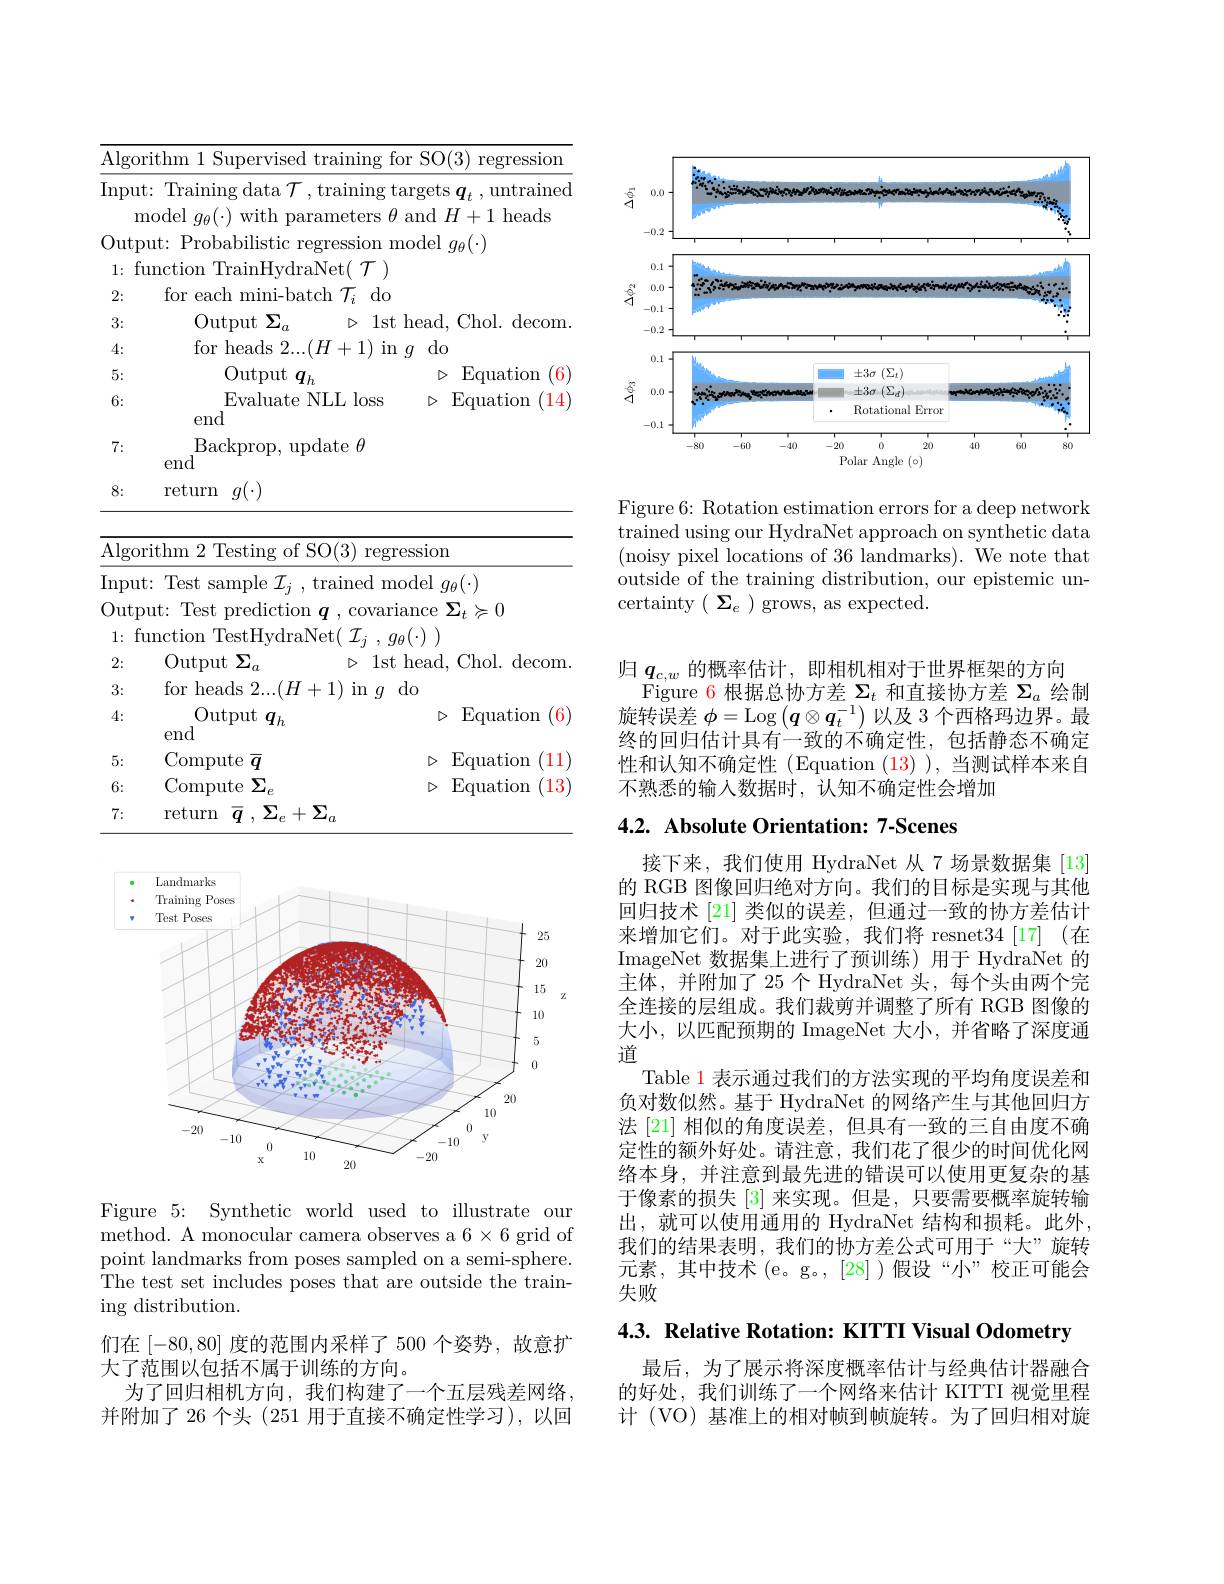
Algorithm 1 Supervised training for SO(3) regression Input: Training data $\mathcal{T}$,training targets $\boldsymbol q_t$,untrained

model $g_\theta(\cdot)$ with parameters $\theta$ and $H+1$ heads
Output: Probabilistic regression model $g_\theta(\cdot)$
1: function TrainHydraNet( $\mathcal{T})$
2:
for each mini-batch $\mathcal{T}_i$ do
3:
Output $\Sigma_a$
$\triangleright$ 1st head, Chol. decom.
4:
for heads 2....(H+1) in $g$ do
$\triangleright$Equation (6)
5:
Output $q_h$
$\triangleright$Equation (14)
6:
Evaluate NLL loss
end
7:
$\mathop{\mathrm{Backprop,~update~}}\theta$
end
8:
return $g(\cdot)$

<table>
	<tbody>
		<tr>
			<th>Algorith</th>
			<th>${\mathrm{of~SO}}(3)$ regression</th>
		</tr>
		<tr>
			<td>Input: 11</td>
			<td>${\mathrm{trained~model~}}g_{\theta}(\cdot)$</td>
		</tr>
		<tr>
			<td>$\operatorname{Output}:$</td>
			<td>$\operatorname{ion}$ $q_{\mathrm{~,~covariance}}$ ${\boldsymbol{\Sigma}}_{t}\succcurlyeq0$</td>
		</tr>
		<tr>
			<td>func 1:</td>
			<td>$\operatorname{raNet}(~\mathcal{I}_{j}~,~g_{\theta}(\cdot)~)$</td>
		</tr>
		<tr>
			<td>2:</td>
			<td>$\triangleright$ 1st head, Chol. decom</td>
		</tr>
		<tr>
			<td>fc 3:</td>
			<td>$H+1)$ in $g$ $do$</td>
		</tr>
		<tr>
			<td>4: $e$</td>
			<td>$D$ Equation 6</td>
		</tr>
		<tr>
			<td>5:</td>
			<td>11 $D$ Equation</td>
		</tr>
		<tr>
			<td>6:</td>
			<td>Equation 13 $D$</td>
		</tr>
		<tr>
			<td>7: $r$</td>
			<td>$+\Sigma_a$</td>
		</tr>
	</tbody>
</table>

<FigureHere>

Figure 5: Synthetic world used to illustrate our method. A monocular camera observes a 6× 6 grid of point landmarks from poses sampled on a semi-sphere. $\bar{\text{The test set includes poses that are outside the train-}}$ ing distribution.

们在[-80,80]度的范围内采样了 500 个姿势，故意扩
大了范围以包括不属于训练的方向。
为了回归相机方向，我们构建了一个五层残差网络， 并附加了 26 个头 (251 用于直接不确定性学习), 以回

<FigureHere>

Figure 6: Rotation estimation errors for a deep network trained using our HydraNet approach on synthetic data (noisy pixel locations of 36 landmarks). We note that outside of the training distribution, our epistemic uncertainty$(\begin{array}{c}\Sigma_{e}\end{array})$grows, as expected.

归$\boldsymbol q_{c,w}$ 的概率估计，即相机相对于世界框架的方向
Figure 6 根据总协方差$\Sigma_t$和直接协方差$\Sigma_a$绘制旋转误差$\phi=$Log $\left(\boldsymbol{q}\otimes\boldsymbol{q}_t^{-1}\right)$以及 3 个西格玛边界。最终的回归估计具有一致的不确定性，包括静态不确定性和认知不确定性 (Equation $(\color{red}{13})$ ),当测试样本来自不熟悉的输入数据时，认知不确定性会增加

## 4.2. Absolute Orientation: 7-Scenes

接下来，我们使用 HydraNet 从 7 场景数据集 [13] 的 RGB 图像回归绝对方向。我们的目标是实现与其他回归技术[21]类似的误差，但通过一致的协方差估计来增加它们。对于此实验，我们将 resnet34[17](在ImageNet 数据集上进行了预训练)用于 HydraNet 的主体，并附加了25个 HydraNet 头，每个头由两个完全连接的层组成。我们裁剪并调整了所有 RGB 图像的大小，以匹配预期的 ImageNet 大小，并省略了深度通道
Table 1 表示通过我们的方法实现的平均角度误差和负对数似然。基于 HydraNet 的网络产生与其他回归方法 [21] 相似的角度误差，但具有一致的三自由度不确定性的额外好处。请注意，我们花了很少的时间优化网络本身，并注意到最先进的错误可以使用更复杂的基于像素的损失[3]来实现。但是，只要需要概率旋转输出，就可以使用通用的 HydraNet 结构和损耗。此外， 我们的结果表明，我们的协方差公式可用于“大”旋转元素，其中技术(e。g。,[28])假设“小”校正可能会失败

4.3. Relative Rotation: KITTI Visual Odometry

最后，为了展示将深度概率估计与经典估计器融合的好处，我们训练了一个网络来估计 KITTI 视觉里程计 (VO) 基准上的相对帧到帧旋转。为了回归相对旋